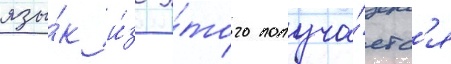
язы́к и́з э́того получа́етс'я